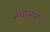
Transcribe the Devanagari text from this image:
मंचासमोर